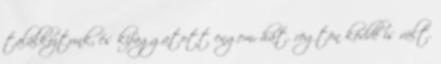
találkoztunk, és kifaggatott engem, hát. rögtön köddé is vált.